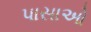
પાસાઓ